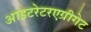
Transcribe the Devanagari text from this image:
आइटरेटरएग्रीगेट